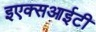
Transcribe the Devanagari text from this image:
इएक्सआईटी